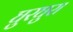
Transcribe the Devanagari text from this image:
घुरघुरा